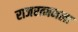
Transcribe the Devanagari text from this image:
राजरत्नमला